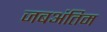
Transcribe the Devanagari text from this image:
जबअंतिम